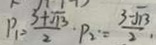
P _ { 1 } = \frac { 3 + \sqrt { 1 3 } } { 2 } \cdot P _ { 2 } = \frac { 3 - \sqrt { 1 3 } } { 2 } \cdot